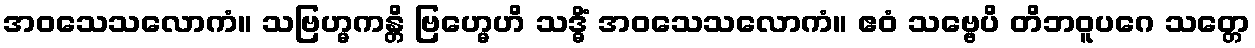
အဝသေသလောကံ။ သဗြဟ္မကန္တိ ဗြဟ္မေဟိ သဒ္ဓိံ အဝသေသလောကံ။ ဧဝံ သဗ္ဗေပိ တိဘဝူပဂေ သတ္တေ